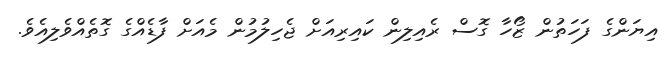
އިޔަންގެ ފަހަތުން ޒޯހާ ގޮސް ރެއިލިން ކައިރިއަށް ޖެހިލުމުން މެއަށް ފާޑެއްގެ ގޮތެއްވެލިއެވެ.